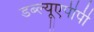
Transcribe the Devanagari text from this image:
डब्ल्यूएपीपी